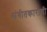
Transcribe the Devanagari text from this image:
संगीतकाराची